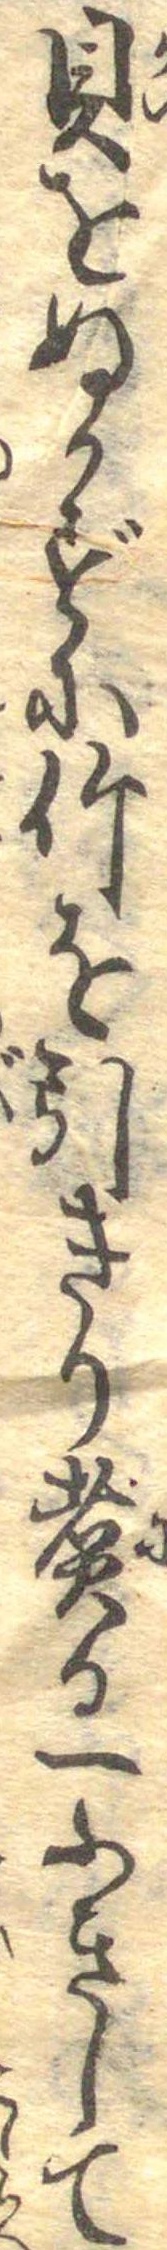
貝をぬかずに竹を引きり煮る一ふきして